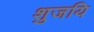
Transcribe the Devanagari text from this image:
शुजयि